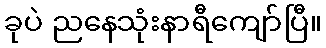
ခုပဲ ညနေသုံးနာရီကျော်ပြီ။